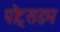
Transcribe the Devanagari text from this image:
पोट्सडम